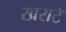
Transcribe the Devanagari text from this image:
खराटॅ